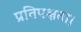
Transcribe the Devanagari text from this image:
प्रतिपक्षता।